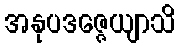
အနုပဒဇ္ဇေယျာသိ